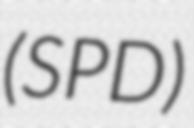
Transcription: (SPD)